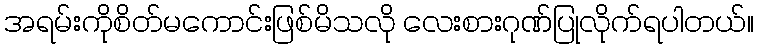
အရမ်းကိုစိတ်မကောင်းဖြစ်မိသလို လေးစားဂုဏ်ပြုလိုက်ရပါတယ်။